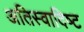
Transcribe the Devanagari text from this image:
अतिस्‍वादिष्‍ट